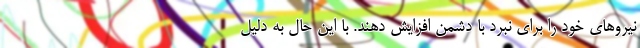
نیروهای خود را برای نبرد با دشمن افزایش دهند. با این حال به دلیل